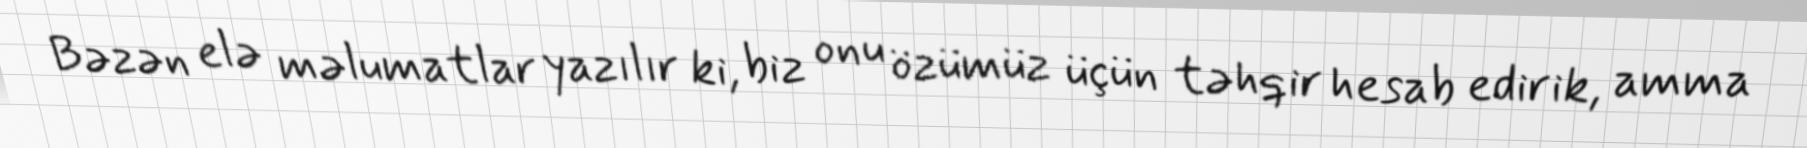
Bəzən elə məlumatlar yazılır ki, biz onu özümüz üçün təhqir hesab edirik, amma